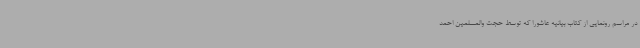
در مراسم رونمایی از کتاب بیانیه عاشورا که توسط حجت والمسلمین احمد